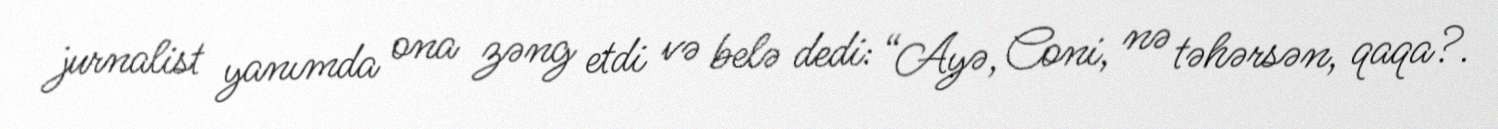
jurnalist yanımda ona zəng etdi və belə dedi: “Ayə, Coni, nə təhərsən, qaqa?.